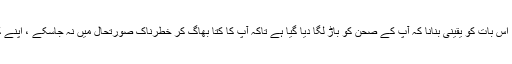
اس کا مطلب ہے کہ جب آپ ٹریفک کے آس پاس ہوتے ہو تو اپنے کتے کو پست کر رکھنا ، اس بات کو یقینی بنانا کہ آپ کے صحن کو باڑ لگا دیا گیا ہے تاکہ آپ کا کتا بھاگ کر خطرناک صورتحال میں نہ جاسکے ، اپنے کتے کو بڑے کتوں سے بچائے ، اور عام طور پر اسے نقصان کے راستے سے دور رکھے۔